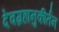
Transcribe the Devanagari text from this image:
देवग्रहानुकीर्तन